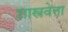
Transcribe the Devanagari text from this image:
शास्त्रवेत्ता